Vital statistics of India. Vol. IV, Annual returns from 1871 to 1876. British Army of India, Native Army and jails of Bengal
Year: 1871
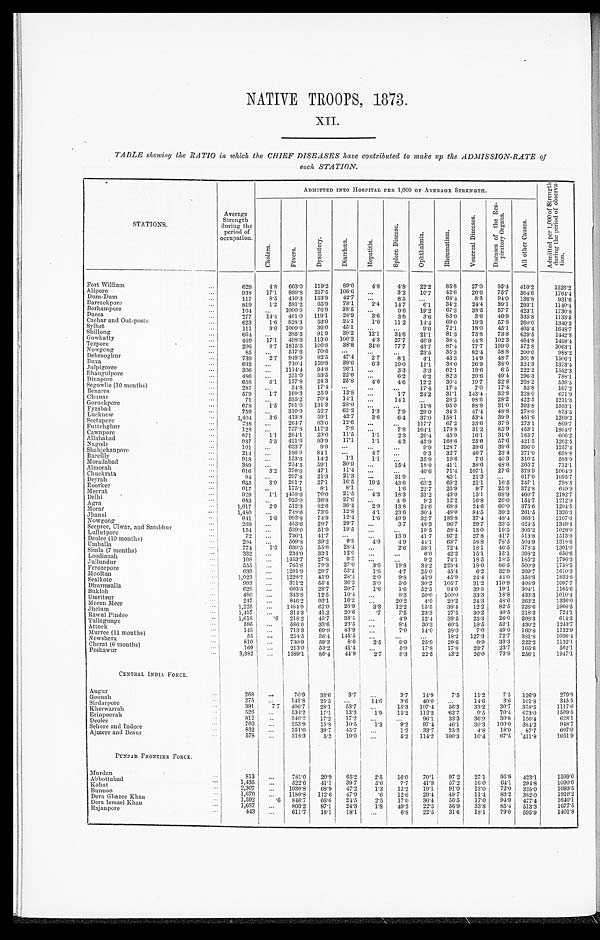
NATIVE TROOPS, 1873.
XII.
TABLE showing the RATIO in which the CHIEF DISEASES have contributed to make up the ADMISSION-RATE of
each STATION.
STATIONS.
ADMITTED INTO HOSPITAL PER 1,000 OF AVERAGE STRENGTH.
A d m i t t e d p e r 1 , 0 0 0 o f S t r e n g t h d u r i n g t h e p e r i o d o f o b s e r v a - t i o n .
Average
Strength
during the
period of
Occupation.
Cholera.
F é v e r s .
D y s e n t e r y .
D i a r r h œ a .
H e p a t i t i s .
S p l e e n D i s e a s e .
O p h t h a l m i a .
R h e u m a t i s m .
V e n e r e a l D i s e a s e s .
D i s e a s e s o f t h e R e s - p i r a t o r y O r g a n s .
A l l o t h e r C a u s e s .
Fort William . . .
629
4.8
663.0
119.2
89.0
4.8
4.8
22.2
85.8
27.0
95.4
410.2
1526.2
. . .
3.2
10.7
42.6
26.6
75.7
364.6
1764.4
938
17.1
899.8
217.5
106.6
Alipore . . .
. . .
8.5
. . .
68.4
8.5
94.0
136.8
931.6
Dum-Dum . . .
117
8 . 5 410.3
153.9
42.7
2.4
14.7
6.1
34.2
24.4
39.1
293.1
1140.4
Barrackpore . . .
819
1.2
581.2
65.9
78.1
. . .
9.6
19.2
67.3
38.5
57.7
423.1
1730.8
104
. . . 1000.0
76.9
38.5
Berhampore . . .
3.6
3.6
3.6
83.0
3.6
46.9
335.8
1133.5
277
14.4
491.0
119.1
28.9
Dacca . . .
1.6
11.2
1 4 . 4
69.0
19.3
57.8
260.0
1340.3
Cachar and Out-posts . . .
623
1.6
828.3
53.0
24.1
Sylhet . . .
111
9.0 1009.0
36.0
45.1
. . .
. . .
9.0
72.1
18.0
45.1
405.4
1648.7
12.1
34.6
21.1
81.3
73.8
73.8
629.5
1442.8
Shillong . . .
664
. . . 385.5
91.9
39.2
4.3
27.7
46.9
38.4
44.8
102.3
464.8
1458.4
469
17.1
498.9
113.0
100.2
Gowhatty . . .
34.0
77.7
43.7
87.4
77.7
199.0
572.8
3063.1
Tezpore . . .
206
9.7 1815.5
106.8
38.8
. . .
. . .
23.5
35.3
82.4
58.8
200.0
988.2
Nowgong . . .
85
. . . 517.6
70.6
. . .
2.7
8.1
4.1
43.3
14.9
48.7
301.8
1506.1
Debrooghur . . .
739
2.7
949.9
82.5
47.4
Buxa . . .
632
. . . 710.4
159.8
39.6
6.3
19.0
11.1
38.0
26.9
38.0
324.3
1373.4
. . .
3.3
3.3
62.1
19.6
6.5
222.2
1552.3
Julpigoree. . .
306
. . . 1114.4
94.8
2 6 . 1
. . .
6.2
6.2
82.3
20.6
49.4
296.3
788.1
Bhaugulpore . . .
486
. . . 251.0
53.5
22.6
4.6
4.6
12.2
30.4
19.7
22.8
208.2
536.5
Dinapore . . .
658
6.1
177.8
24.3
25.8
. . .
. . .
17.4
17.4
7.0
17.4
55.8
167.2
Segowlie (10 months) . . .
287
. . .
34.8
17.4
. . .
. . .
1.7
24.2
31.1
143.4
32.8
228.0
671.9
Benares . . .
579
1.7
169.3
25.9
13.8
. . .
14.1
. . .
28.2
98.6
28.2
422.5
1211.3
Chunar . . .
71
. . . 535.2
70.4
14.1
678
1.5
761.0
131.3
28.0
. . .
. . .
11.8
95.9
98.8
31.0
393.8
1553.1
Goruckpore . .
1.3
7.9
29.0
34.3
47.4
48.8
278.0
873.5
759
. . . 310.9
52.7
63.2
Fyzaba . . .
3.6
6.4
37.0
158.1
53.4
39.9
451.6
1269.2
Lucknow . . .
1,404
3.6
413.8
59.1
42.7
Seetapore . . .
238
. . . 264.7
63.0
12.6
. . .
. . .
117.7
67.2
33.6
37.8
273.1
869.7
. . .
7.8
164.1
179.8
31.2
85.9
453.1
1804.7
128
. . . 757.8
117.2
7.8
Futtehghur . . .
1 . 1
2.3
26.4
45.9
16.1
31.0
183.7
606.2
Cawnpore . . .
871
1.1
264.1
23.0
11.5
1.1
4.3
45.9
168.6
25.6
57.6
421.5
1262.5
A11ahabad . . .
937
5.3
421.6
93.9
17.1
. . .
. . .
9.9
128.7
39.6
39.6
396.0
1257.4
Nagode . . .
101
. . . 633.7
9.9
. . .
4.7
. . .
9.3
32.7
46.7
23.4
271.0
658.8
Shahjehanpore . . .
2 1 4
. . .
186.9
84.1
. . .
1.1
. . .
35.9
19.6
7.6
40.3
310.5
583.9
Bareilly . . .
918
. . . 153.6
14.2
1 . 1
. . .
15.4
18.0
41.1
38.6
48.8
205.7
712.1
Moradabad . . .
389
. . . 254.5
59.1
30.9
Almorah . . .
. . .
. . .
40.6
71.4
107.1
27.6
379.9
1064.9
616
3.2
376.6
47.1
11.4
31.9
. . .
85.1
21.3
. . .
617.0
1095.7
Chuckrata . . .
9 4
. . .
297.8
21.3
21.3
. . .
19.5
43.6
63.2
69.2
21.1
16.5
257.1
798.5
Deyrah . . .
665
3.0
261.7
27.1
16.5
Roorkee . . .
. . .
1.6
22.7
25.9
9.7
25.9
372.8
649.9
617
. . . 175.1
8.1
8.1
Meerut . . .
4.3
18.3
31.2
43.0
15.1
68.9
460.7
2192.7
929
1.1 1458.6
70.0
21.5
. . .
4.6
9.2
12.2
16.8
26.0
154.7
1212.9
Delhi . . .
653
. . . 925.0
36.8
27.6
2.9
13.8
24.6
68.8
24.6
60.0
375.6
1204.5
Agra . . .
1,017
2.9
512.3
82.6
36.4
Morar . . .
4.1
23.6
30.4
48.0
84.5
39.2
261.5
1326.3
1,480
. . . 748.6
73.6
12.8
1.6
49.9
32.7
188.8
37.4
48.4
666.1
2107.6
Jhansi . . .
641
1.6
993.8
74.9
12.4
. . .
3.7
48.3
96.7
29.7
33.5
624.5
1349.4
Nowgong . . .
269
. . . 453.6
29.7
29.7
Seepree,Ulwar, and Sambhur . . .
154
. . . 539.0
51.9
19.5
. . .
. . .
19.5
58.4
13.0
19.5
305.2
1026.0
Lullutpore . . .
. . .
13.9
41.7
97.2
27.8
41.7
513.8
1513.9
72
. . . 736.1
41.7
. . .
Deolee (10 months) . . .
4.9
4.9
44.1
63.7
58.8
78.5
504.9
1318.6
204
. . . 509.8
39.2
9 . 8
Umballa . . .
. . .
2.6
58.1
72.4
18.1
46.5
378.5
1301.0
774
1.3
639.5
55.6
28.4
Simla (7 months) . . .
. . .
. . .
6.0
42.2
15.1
15.1
298.2
656.6
332
. . . 234.9
33.1
12.0
Loodianah . . .
. . .
. . .
9.2
74.1
18.5
18.5
185.2
1796.3
108
. . .
1453.7
27.8
9.3
Jullundur . . .
3.6
19.8
34.2
223.4
18.0
86.5
500.9
1758.5
555
. . . 765.8
79.3
27.0
Ferozepore . . .
639
. . . 1201.9
29.7
53.2
1.6
4.7
25.0
45.4
6.2
3 2 . 9 209.7
1610.3
2.0
9.8
45.9
45.9
24.4
44.0
358.8
1833.8
Mooltan . . .
1,023
. . .
1228.7
45.9
28.4
Sealkote
3.0
5.0
30.2
105.7
31.2
110.8
408.9
1097.7
993
. . .
311.2
55.4
36.3
1 . 6
1.6
52.5
94.0
39.8
19.1
304.1
1165.6
Dhurmsalla . . .
628
. . .
603.5
28.7
20.7
B u k l o h . . .
8.3
50.0
100.0
33.3
18.8
433.3
1010.4
480
. . .
343.8
12.5
10.4
Umritsur . . .
. . .
20.2
4.0
20.2
24.3
48.6
263.2
1336.0
247
. . .
846.2
93.1
16.2
3 . 3
12.2
15.5
38.4
12.2
82.5
228.6
1966.5
Meean Meer . . .
1,225
. . .
1484.9
62.0
26.9
Jhelum . .
.7
7 . 5
23.3
27.5
30.2
40.5
218.3
724.1
1,457
. . .
314.3
41.2
20.6
Rawul Pindee . . .
. . .
4.9
12.4
39.5
25.3
26.0
208.3
614.3
1,618
.6
218.2
45.7
33.4
T a l l a g u n g e . . .
. . .
8.4
30.3
60.5
18.5
52.1
430.2
1243.7
5 9 5
. . . 586.6
33.6
23.5
Attock . . .
. . .
7.0
14.0
28.0
7.0
49.0
160.8
1132.9
143
. . .
713.3
69.9
83.9
Murree (11 months) . . .
. . .
. . .
. . .
1 8 . 2 127.3
72.7
381.8
1036.4
55
. . .
254.5
36.4
145.5
Nowshera . . .
2.5
9.9
25.9
2 9 . 6
9.9
33.3
222.2
1132.1
810
. . . 730.9
59.3
8.6
Cherat (6 months) . . .
169
. . . 213.0
53.2
41.4
. . .
5.9
17.8
17.8
23.7
23.7
165.6
5 6 2 . 1
Peshawur . . .
2.7
8.3
22.5
43.2
26.0
73.9
256.1
1947.1
3,382
. . . 1389.1
80.4
4 4 . 9
CENTRAL INDIA FORCE.
Augur . . .
268
. . .
70.9
33.6
3.7
. . .
3.7
14.9
7.5
11.2
7.5
126.9
279.9
Goonah . . .
14.6
3.6
40.0
. . .
14.6
3.6 101.8
345.5
275
. . . 141.8
25.5
. . .
Sirdarpore . . .
391 7.7
406.7
28.1
5 3 . 7
. . .
1 5 . 3
1 0 7 . 4
5 6 . 3
33.2
30.7
378.5
1117.6
Kherwarrah . . .
1.9
1 5 . 2
1 1 2 . 2
6 2 . 7
9 . 5 70.4 673.0
1509.5
526
. . . 534.2
17.1
13.3
. . .
. . .
96.1
33.3
36.9
30.8
156.4
6 2 8 . 1
Eri npoorah . . .
812
. . . 240.2
17.2
17.2
Deolee . . .
760
. . . 253.9
15.8
10.5
1.3
9.2
97.4
46.1
30.3
100.0 384.2
948.7
Sehore and Indore
. . .
1.2
33.7
25.2
4 . 8 18.0
87.7
607.0
832
. . . 351.0
39.7
45.7
Ajmere and Beaur . . .
578 . . .
318.3
5.2
19.0
. . .
5.2
114.2
100.3
10.4
67.5 411.8
1051.9
PUNJAB FRONTIER FORCE . . .
Murdan . . .
813
. . . 781.0
20.9
65.2
2.5
16.0
70.1
97.2
27.1
95.9
423.1
1599.0
A b b o t t a b a d . . .
1,435
. . . 522.6
41.1
39.7
5.6
7.7
41.8
57.2
16.0
64.1
294.8
1090.6
Kohat . . .
1.3
15.2
19.1
91.0
13.0
72.0
335.0
1693.5
2,307
. . . 1030.8
68.9
47.2
Bunnoo . . .
.6
12.6
29.4
49.7
11.4
83.2
382.0
1910.2
1,670
. . . 1180.8
112.6
47.9
Dera Ghazee Khan. . .
2.5 17.0
36.4
56.5
17.0
94.9
477.4
1640.1
1,592
.6 846.7
66.6
24.5
Dera Ismael Khan . . .
1.8
49.2
22.5
56.9
33.8
85.4
513.3
1677.5
1,687
. . . 803.2
87.1
24.3
Rajanpore . . .
. . .
6.8
22.5
31.6
18.1
79.0
595.9
1401.8
443
. . .
611.7
18.1
18.1